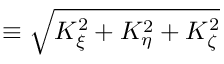
\equiv \sqrt { K _ { \xi } ^ { 2 } + K _ { \eta } ^ { 2 } + K _ { \zeta } ^ { 2 } }